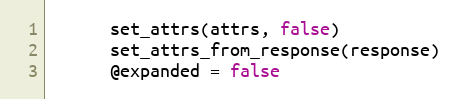
Language: Ruby
      set_attrs(attrs, false)
      set_attrs_from_response(response)
      @expanded = false